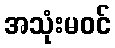
အသုံးမဝင်